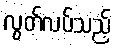
လွတ်လပ်သည့်